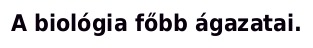
A biológia főbb ágazatai.